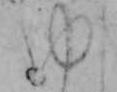
ゆ